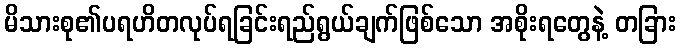
မိသားစု၏ပရဟိတလုပ်ရခြင်းရည်ရွယ်ချက်ဖြစ်သော အစိုးရတွေနဲ့ တခြား